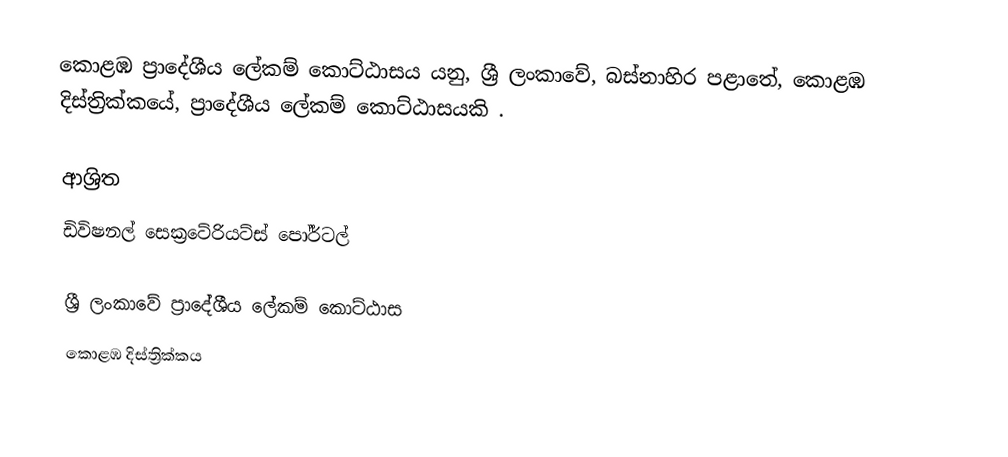
කොළඹ ප්‍රාදේශීය ලේකම් කොට්ඨාසය යනු,  ශ්‍රී ලංකාවේ, බස්නාහිර පළාතේ,   කොළඹ දිස්ත්‍රික්කයේ, ප්‍රාදේශීය ලේකම් කොට්ඨාසයකි .

ආශ්‍රිත
 ඩිවිෂනල් සෙක්‍රටේරියට්ස් පෝර්ටල්

ශ්‍රී ලංකාවේ ප්‍රාදේශීය ලේකම් කොට්ඨාස
කොළඹ දිස්ත්‍රික්කය